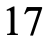
17